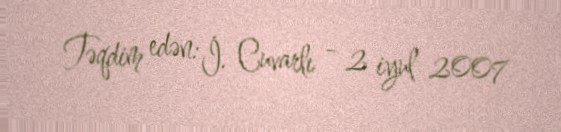
Təqdim edən: İ. Cuvarlı - 2 iyul 2007